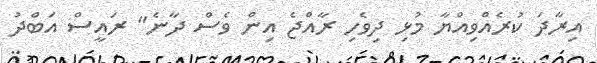
އިރާދަ ކުރެއްވިއްޔާ މުޅި ދިވެހި ރާއްޖެ އިން ވެސް ދާނެ" ރައީސް އަބްދު